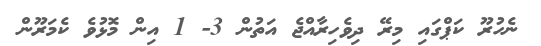
ނެހުރޫ ކަޕްގައި މިރޭ ދިވެހިރާއްޖެ އަތުން 3- 1 އިން މޮޅުވެ ކެމަރޫން